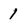
Character: 1